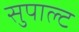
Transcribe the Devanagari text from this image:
सुपाल्ट